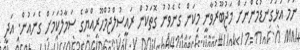
ނަމަ އަޅުގަނޑުމެންނަށް މަޖުބޫރުވާނީ މިކަން ގެނެވުނު ގޮތަކުން ރައީސުލްޖުމްހޫރިއްޔާގެ ސަމާލުކަމަށް ގެނައުން. އަދި